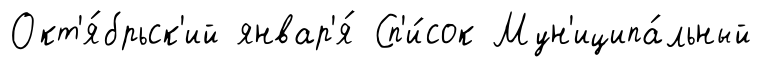
Окт'я́брьск'ий январ'я́ Сп'и́сок Мун'иципа́льный